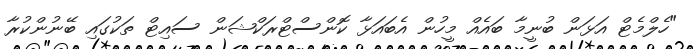
"ހެލްމެޓް އަޅަން ބުނީމާ ބައެއް މީހުން އެބައަޅާ ކޮންސްޓްރަކްޝަން ސައިޓް ތަކުގައި ބޭނުންކުރާ